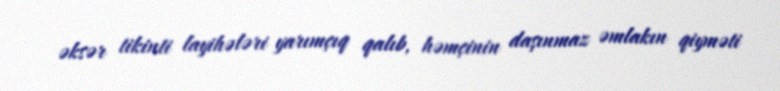
əksər tikinti layihələri yarımçıq qalıb, həmçinin daşınmaz əmlakın qiyməti